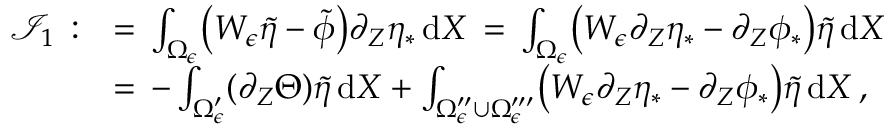
\begin{array} { r l } { \mathcal { I } _ { 1 } \, : } & { = \, \int _ { \Omega _ { \epsilon } } \bigl ( W _ { \epsilon } \tilde { \eta } - \tilde { \phi } \bigr ) \partial _ { Z } \eta _ { * } \, \mathrm { d } X \, = \, \int _ { \Omega _ { \epsilon } } \bigl ( W _ { \epsilon } \partial _ { Z } \eta _ { * } - \partial _ { Z } \phi _ { * } \bigr ) \tilde { \eta } \, \mathrm { d } X } \\ { \, } & { = \, - \int _ { \Omega _ { \epsilon } ^ { \prime } } ( \partial _ { Z } \Theta ) \tilde { \eta } \, \mathrm { d } X + \int _ { \Omega _ { \epsilon } ^ { \prime \prime } \cup \Omega _ { \epsilon } ^ { \prime \prime \prime } } \bigl ( W _ { \epsilon } \partial _ { Z } \eta _ { * } - \partial _ { Z } \phi _ { * } \bigr ) \tilde { \eta } \, \mathrm { d } X \, , } \end{array}